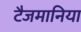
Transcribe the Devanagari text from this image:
टैजमानिया